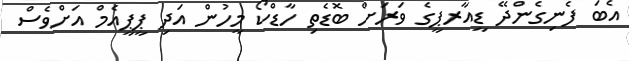
އެބަ ފެނިގެންދޭ ޑީއާރޕީގެ ވަރަށް ބޮޑެތި ހާޑްކޯ މީހުން އަދި ޕީޕީއެމް އަށްވެސް